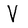
Character: V